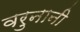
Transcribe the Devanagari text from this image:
वरुनानी